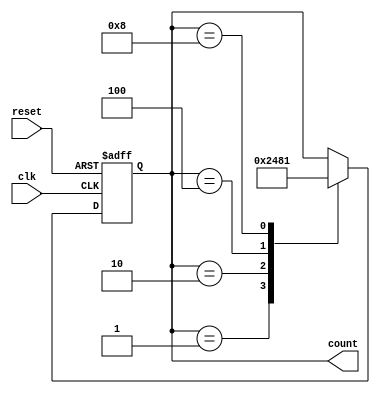
module RingCounter (
  input wire clk,
  input wire reset,
  output reg [3:0] count
);

// Use 4 flip-flops for a 4-bit Ring Counter
reg [3:0] next_count;

always @(posedge clk or posedge reset) begin
  if (reset) begin
    count <= 4'b0001; // Start counting from 1
  end else begin
    count <= next_count;
  end
end

always @(*) begin
  case(count)
    4'b0001: next_count = 4'b0010;
    4'b0010: next_count = 4'b0100;
    4'b0100: next_count = 4'b1000;
    4'b1000: next_count = 4'b0001;
    default: next_count = count;
  endcase
end

endmodule